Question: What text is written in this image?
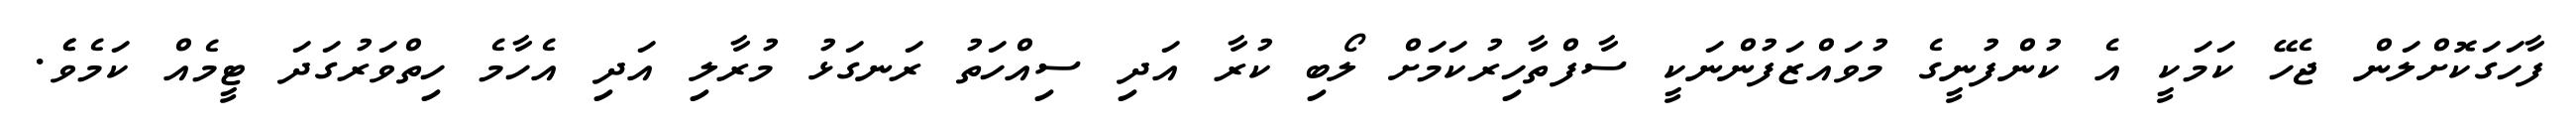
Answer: ފާހަގަކޮށްލަން ޖެހޭ ކަމަކީ އެ ކުންފުނީގެ މުވައްޒަފުންނަކީ ސާފްތާހިރުކަމަށް ލޯބި ކުރާ އަދި ސިއްހަތު ރަނގަޅު މުރާލި އަދި އެހާމެ ހިތްވަރުގަދަ ޓީމެއް ކަމެވެެ.